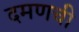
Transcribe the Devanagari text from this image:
दमणची